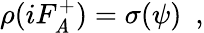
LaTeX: \rho(iF_{\mathit{A}}^{+})=\sigma(\psi)~~,